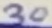
Text: 30